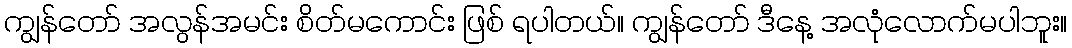
ကျွန်တော် အလွန်အမင်း စိတ်မကောင်း ဖြစ် ရပါတယ်။ ကျွန်တော် ဒီနေ့ အလုံလောက်မပါဘူး။